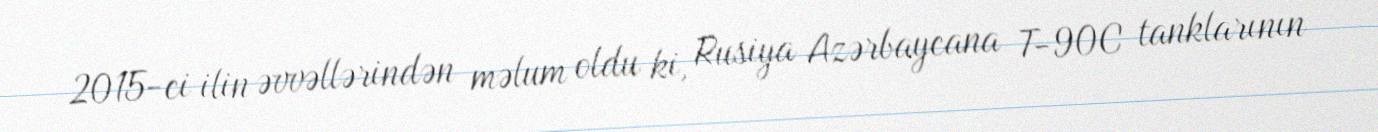
2015-ci ilin əvvəllərindən məlum oldu ki, Rusiya Azərbaycana T-90C tanklarının